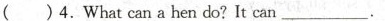
( )4.What can a hen do? It can ___.